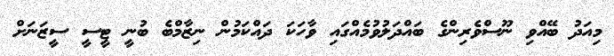
މިއަދު ބޭއްވި ނޫސްވެރިންގެ ބައްދަލުވުމެއްގައި ވާހަކަ ދައްކަމުން ނިޒާމްބެ ބުނީ ޓީސީ ސީޒަނަށް